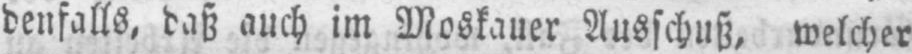
denfalls, daß auch im Moskauer Ausschuß, welcher